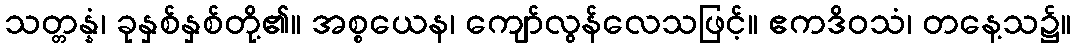
သတ္တန္နံ၊ ခုနှစ်နှစ်တို့၏။ အစ္စယေန၊ ကျော်လွန်လေသဖြင့်။ ဧကဒိဝသံ၊ တနေ့သ၌။